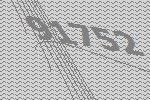
91752